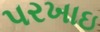
પરખાઇ